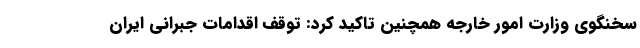
سخنگوی وزارت امور خارجه همچنین تاکید کرد: توقف اقدامات جبرانی ایران